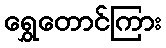
ရွှေတောင်ကြား